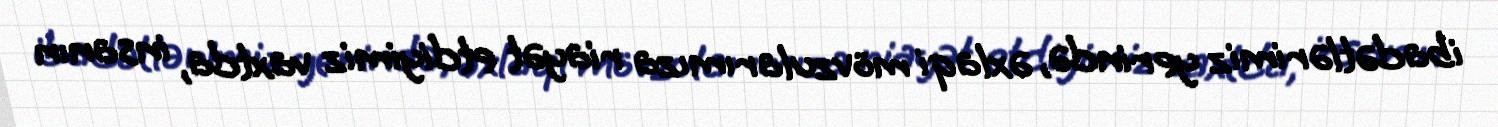
ibadətlərimiz yerində, əxlaqi mövzularımıza riayət etdiyimiz vaxtda, insanın